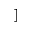
]